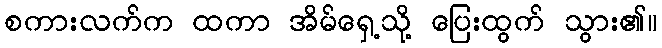
စကားလက်က ထကာ အိမ်ရှေ့သို့ ပြေးထွက် သွား၏။